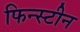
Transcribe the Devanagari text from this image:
फिन्स्टीन